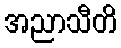
အညာသီတိ